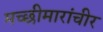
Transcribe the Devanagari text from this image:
मच्छीमारांचीर